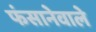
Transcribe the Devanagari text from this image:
फंसानेवाले